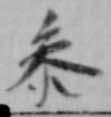
参